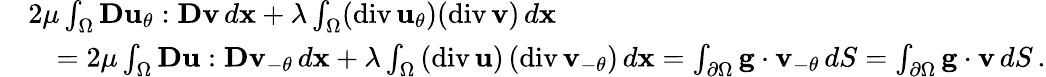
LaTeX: \begin{array}{rl}&{2\mu\int_{\Omega}{\mathbf D}{\mathbf u}_{\theta}:{\mathbf D}{\mathbf v}\, d{\mathbf x}+\lambda\int_{\Omega}(\mathrm{div}\, {\mathbf u}_{\theta})(\mathrm{div}\, {\mathbf v})\, d{\mathbf x}}\\ &{\quad=2\mu\int_{\Omega}{\mathbf D}{\mathbf u}:{\mathbf D}{\mathbf v}_{-\theta}\, d{\mathbf x}+\lambda\int_{\Omega}\left(\mathrm{div}\, {\mathbf u}\right)\left(\mathrm{div}\, {\mathbf v}_{-\theta}\right)\, d{\mathbf x}=\int_{\partial\Omega}{\mathbf g}\cdot{\mathbf v}_{-\theta}\, dS=\int_{\partial\Omega}{\mathbf g}\cdot{\mathbf v}\, dS\, .}\end{array}